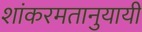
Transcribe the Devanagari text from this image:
शांकरमतानुयायी